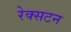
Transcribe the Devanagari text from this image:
रेक्सटन